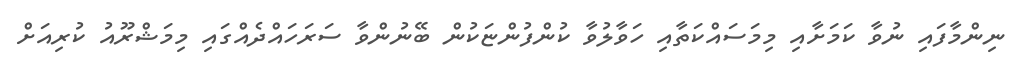
ނިންމާފައި ނުވާ ކަމަށާއި މިމަސައްކަތާއި ހަވާލުވާ ކުންފުންޏަކުން ބޭނުންވާ ސަރަހައްދެއްގައި މިމަޝްރޫއު ކުރިއަށް